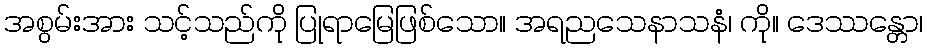
အစွမ်းအား သင့်သည်ကို ပြုရာမြေဖြစ်သော။ အရညသေနာသနံ၊ ကို။ ဒေဿန္တော၊